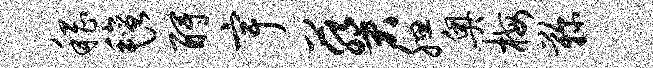
稽毡酹宇葵腮奥梅鞠